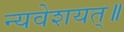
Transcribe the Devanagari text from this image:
न्यवेशयत्॥